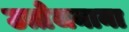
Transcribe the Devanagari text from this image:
उत्तेजनाना